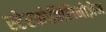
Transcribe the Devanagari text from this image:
स्टेरकोबिलिनोज़ेन